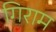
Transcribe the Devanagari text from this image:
गिराम